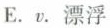
E. v. 漂浮